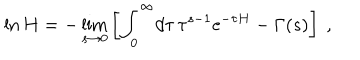
\ln H = - \lim _ { s \rightarrow 0 } \left[ \int _ { 0 } ^ { \infty } \! d \tau \, \tau ^ { s - 1 } { \mathrm e } ^ { - \tau H } - \Gamma ( s ) \right] \ ,